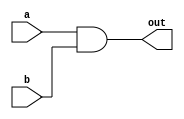
module basic_and #(parameter WIDTH = 1)(
    input [WIDTH-1:0] a,
    input [WIDTH-1:0] b,
    output [WIDTH-1:0] out
  );
 
  assign out = a & b;
 
endmodule


module basic_and_tb();
 
  reg [3:0] a, b;
  wire [3:0] out;
 
  basic_and #(.WIDTH(4)) DUT (
    .a(a),
    .b(b),
    .out(out)
  );
 
  initial begin
    $monitor ("%g  %b  %b  %b",$time, a, b, out);
    a = 4'b0000;
    b = 4'b0000;
    #20
    a = 4'b1111;
    b = 4'b0101;
    #20
    a = 4'b1100;
    b = 4'b1111;
    #20
    a = 4'b1100;
    b = 4'b0011;
    #20
    a = 4'b1100;
    b = 4'b1010;
    #20
    $finish;
  end
 
endmodule